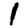
Digit: 1